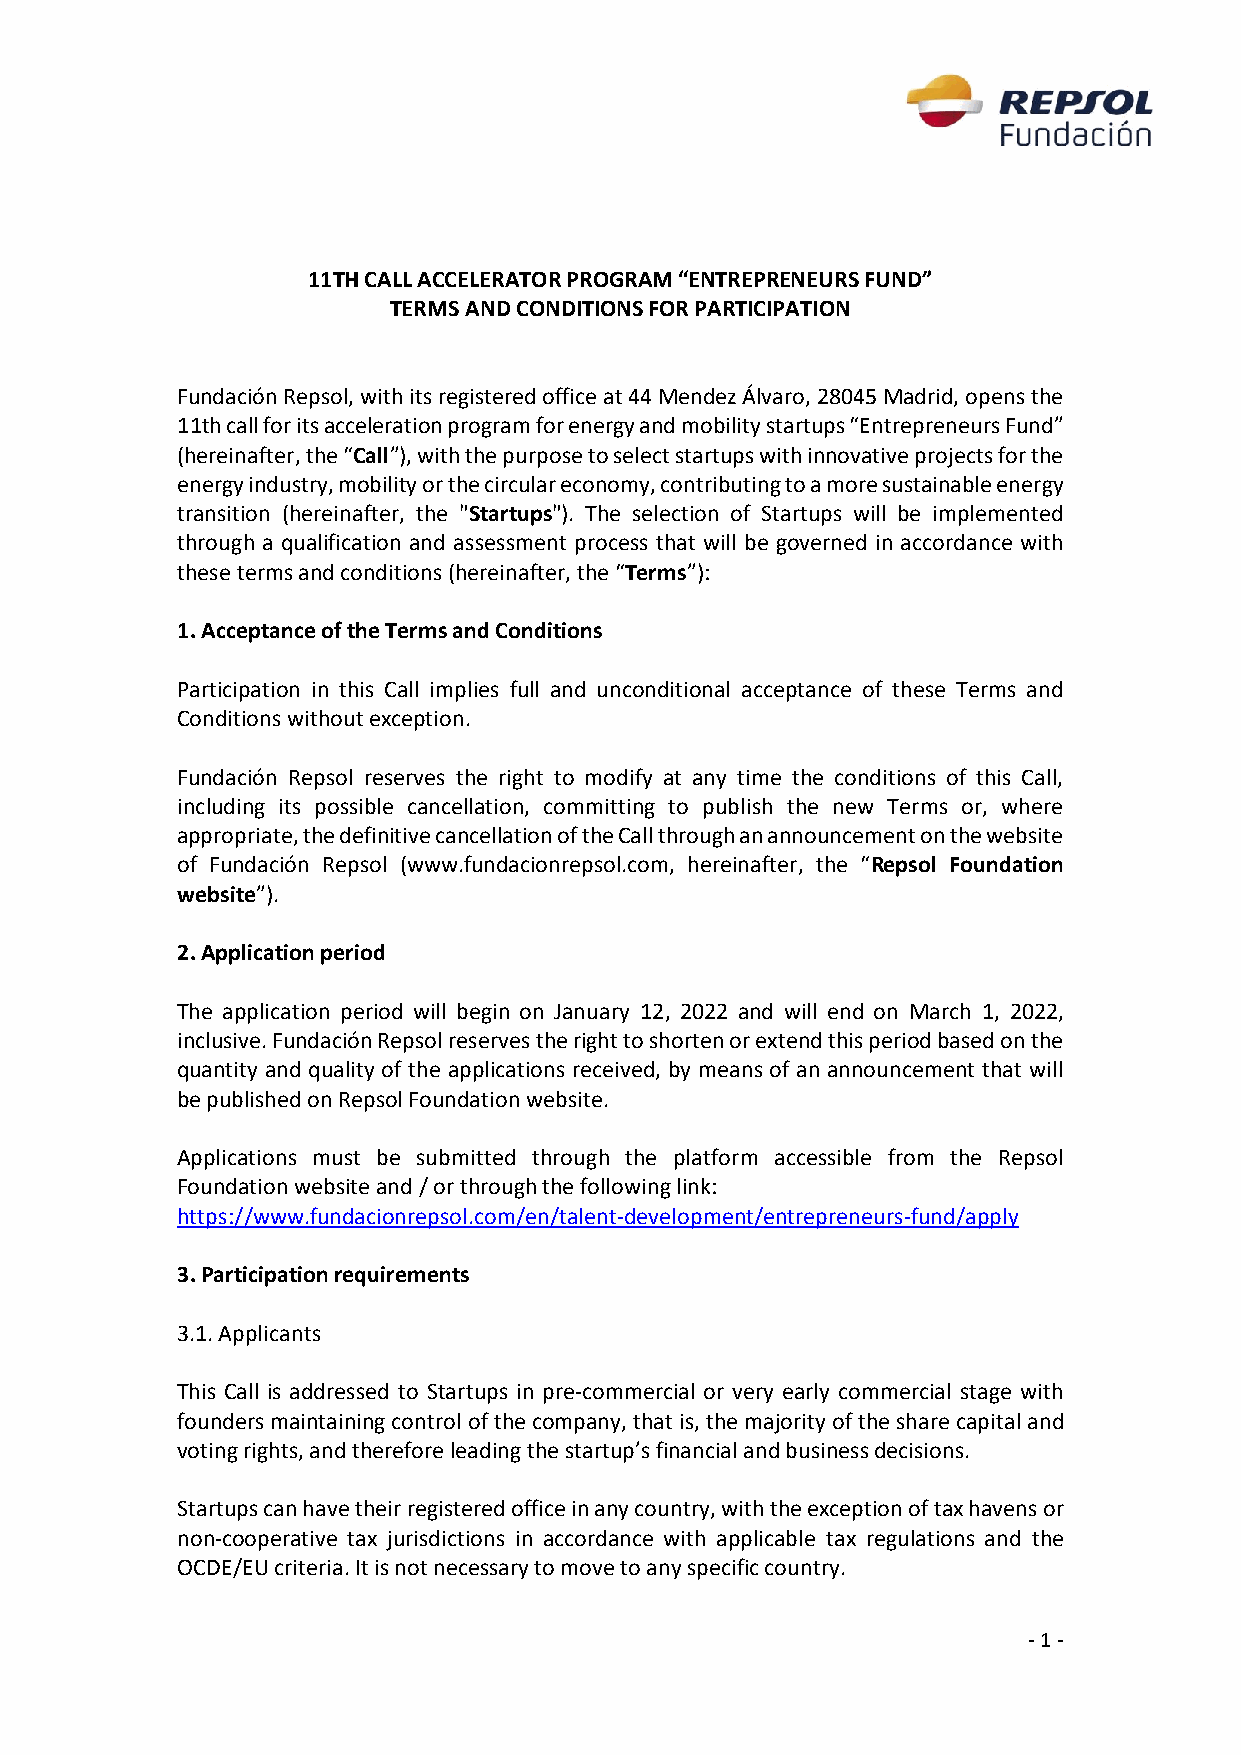
11TH CALL ACCELERATOR PROGRAM “ENTREPRENEURS FUND”
 TERMS AND CONDITIONS FOR PARTICIPATION
 Fundación Repsol, with its registered office at 44 Mendez Álvaro, 28045 Madrid, opens the
 11th call for its acceleration program for energy and mobility startups “Entrepreneurs Fund”
 (hereinafter, the “Call”), with the purpose to select startups with innovative projects for the
 energy industry, mobility or the circular economy, contributing to a more sustainable energy
 transition (hereinafter, the "Startups"). The selection of Startups will be implemented
 through a qualification and assessment process that will be governed in accordance with
 these terms and conditions (hereinafter, the “Terms”):
 1. Acceptance of the Terms and Conditions
 Participation in this Call implies full and unconditional acceptance of these Terms and
 Conditions without exception.
 Fundación Repsol reserves the right to modify at any time the conditions of this Call,
 including its possible cancellation, committing to publish the new Terms or, where
 appropriate, the definitive cancellation of the Call through an announcement on the website
 of Fundación Repsol (www.fundacionrepsol.com, hereinafter, the “Repsol Foundation
 website”).
 2. Application period
 The application period will begin on January 12, 2022 and will end on March 1, 2022,
 inclusive. Fundación Repsol reserves the right to shorten or extend this period based on the
 quantity and quality of the applications received, by means of an announcement that will
 be published on Repsol Foundation website.
 Applications must be submitted through the platform accessible from the Repsol
 Foundation website and / or through the following link:
 https://www.fundacionrepsol.com/en/talent-development/entrepreneurs-fund/apply
 3. Participation requirements
 3.1. Applicants
 This Call is addressed to Startups in pre-commercial or very early commercial stage with
 founders maintaining control of the company, that is, the majority of the share capital and
 voting rights, and therefore leading the startup’s financial and business decisions.
 Startups can have their registered office in any country, with the exception of tax havens or
 non-cooperative tax jurisdictions in accordance with applicable tax regulations and the
 OCDE/EU criteria. It is not necessary to move to any specific country.
 - 1 -